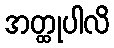
အတ္ထုပါလိ